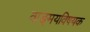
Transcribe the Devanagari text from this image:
वाङ्‌मयविषयक